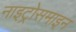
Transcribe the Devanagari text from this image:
नाइट्रोसमाइन